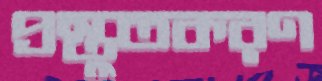
প্রস্তুতকরণ